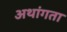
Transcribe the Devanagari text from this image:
अथांगता